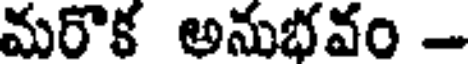
మరొక అనుభవం -